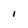
Character: l